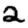
Digit: 2